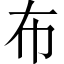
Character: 布